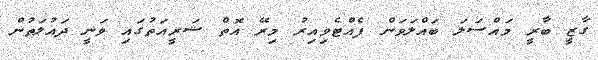
ގާޒީ ބާރީ މައްސަލަ ބައްލަވަން ފެއްޓެވިއިރު މިރޭ އޮތް ޝަރީއަތުގައި ވަނީ ދައުލަތުން